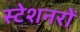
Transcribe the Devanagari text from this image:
स्टेशनरों